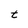
Character: t